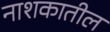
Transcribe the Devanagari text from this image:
नाशकातील